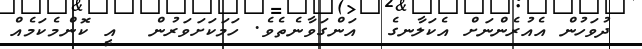
ދުވަހުން އެއުރެންނަށް އެކަލާނގެ  އަންގަވާނެތެވެ. ހަމަކަށަވަރުން  އީ ކޮންމެކަމެއް